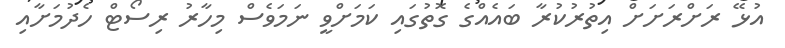
އުޅޭ ރަށްރަށަށް އިތުރުކުރާ ބައެއްގެ ގޮތުގައި ކަމަށްވީ ނަމަވެސް މިހާރު ރިސޯޓް ހެދުމަށާއި